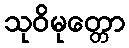
သုဝိမုတ္တော